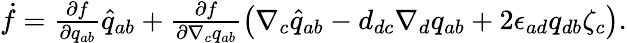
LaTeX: \begin{array}{r}{\dot{f}=\frac{\partial f}{\partial q_{ab}}\widehat{q}_{ab}+\frac{\partial f}{\partial\nabla_{c}q_{ab}}\left(\nabla_{c}\widehat{q}_{ab}-d_{dc}\nabla_{d}q_{ab}+2\epsilon_{ad}q_{db}\zeta_{c}\right).}\end{array}